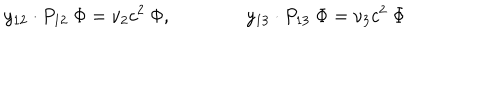
y _ { 1 2 } \cdot P _ { 1 2 } \ \Phi = \nu _ { 2 } c ^ { 2 } \ \Phi , \qquad \qquad y _ { 1 3 } \cdot P _ { 1 3 } \ \Phi = \nu _ { 3 } c ^ { 2 } \ \Phi